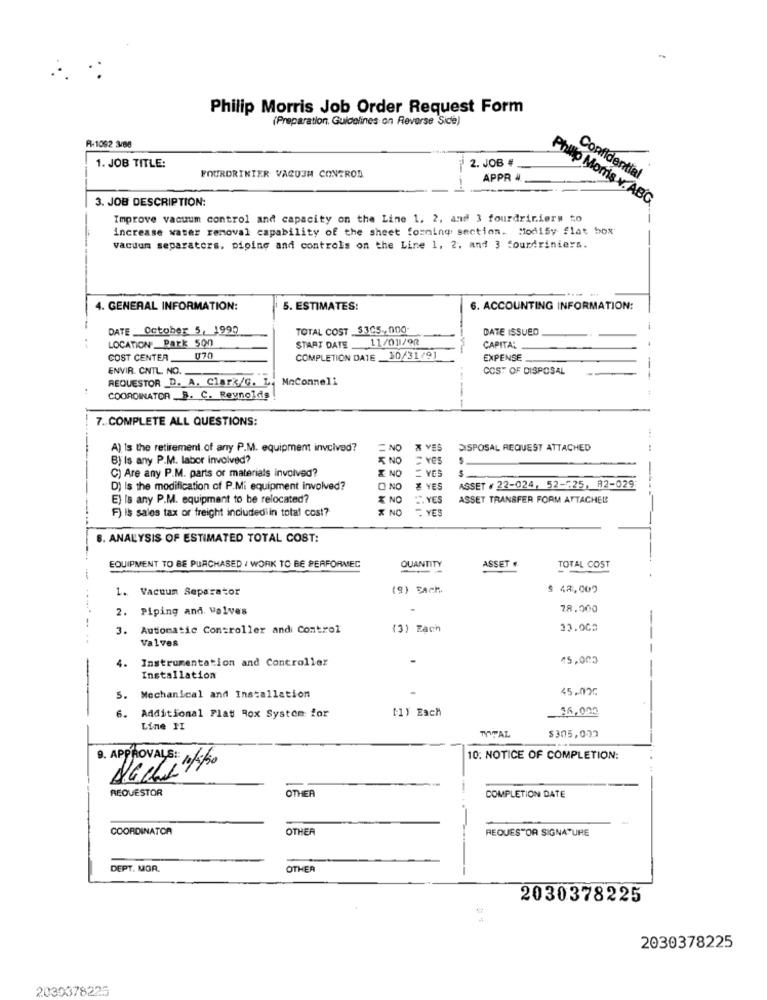
Philip Morris Job Order Request Form
(Preparation. Guidelines on Reverse Side)
R-1092 3/88
2. JOB #
1. JOB TITLE:
FOURDRINIER VACUJH CONTROD
APPR
Confidential
3. JOB DESCRIPTION:
Philip Moms v. ABG
Improve vacuum control and capacity on the Line 1, 2, and 3 fourdriniers to
increase water removal capability of the sheet forming section. Modify flat box
vacuum separators, piping and controls on the Line 1, 2. and 3 fourdriniers.
4. GENERAL INFORMATION:
5. ESTIMATES:
6. ACCOUNTING INFORMATION:
DATE October 5, 1990
TOTAL COST $305.000-
DATE ISSUED
START DATE _11/01/92
LOCATION: Park 500
CAPITAL
COST CENTER
070
COMPLETION DATE _10/31/91
EXPENSE
ENVIR. CNTL. NO.
COST OF DISPOSAL
REQUESTOR D. A. Clark/G. L. McConnell
COORDINATOR _B. C. Reynolds
----
7. COMPLETE ALL QUESTIONS:
...
A) Is the retirement of any P.M. equipment involved?
NO X VES
DISPOSAL REQUEST ATTACHED
B) Is any P.M. labor involved?
NO YES
C) Are any P.M. parts or materials involved?
NO
YES
D) Is the modification of P.Mi equipment involved?
ONO & YES
ASSET # 22-024, 52-525, A2-029
E) Is any P.M. equipment to be relocated?
% NO .YES
ASSET TRANSFER FORM ATTACHED
F) Is sales tax or freight includediin total cost?
X NO
. YES
8. ANALYSIS OF ESTIMATED TOTAL COST:
EQUIPMENT TO BE PURCHASED I WORK TO BE PERFORMED
QUANTITY
ASSET
TOTAL COST
1. Vacuum Separator
(9) SAch.
$ 48,000
2. Piping and Valves
78.000
3. Automatic Controller and Control
(3) Each
33.003
Valves
4.
Instrumentation and Controller
45.005
Installation
45.02℃
5. Mechanical and Installation
[1) Each
16,000
. Additional Plat Rox System for
Line PI
TOTAL
$305,032
9. APPROVALS ::
10: NOTICE OF COMPLETION:
Aachen/50
REQUESTOR
OTHER
-
COMPLETION DATE
COORDINATOR
OTHER
REQUESTOR SIGNATURE
DEPT. MOR.
OTHER
2030378225
2030378225
2030378225